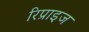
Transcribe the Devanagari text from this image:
रिप्राइज